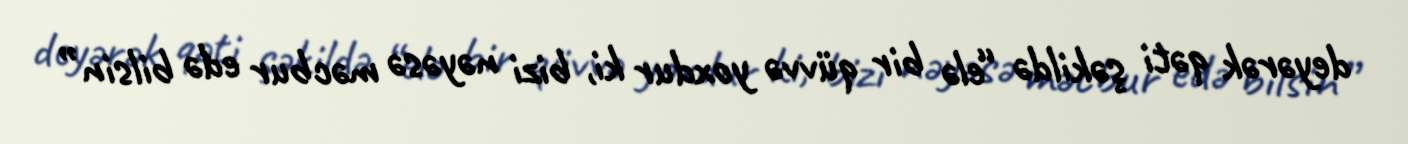
deyərək qəti şəkildə “elə bir qüvvə yoxdur ki, bizi nəyəsə məcbur edə bilsin”